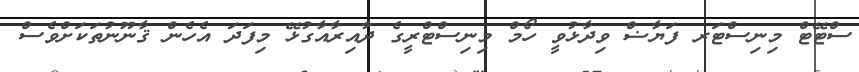
ސްޓޭޓް މިނިސްޓަރ ފަޔާޟް ވިދާޅުވީ ހޯމް މިނިސްޓްރީގެ ދާއިރާއާގުޅޭ މިފަދަ އެހެން ޤާނޫނުތަކަށްވެސް